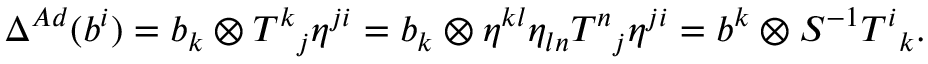
\Delta ^ { A d } ( b ^ { i } ) = b _ { k } \otimes T ^ { k } { } _ { j } \eta ^ { j i } = b _ { k } \otimes \eta ^ { k l } \eta _ { l n } T ^ { n } { } _ { j } \eta ^ { j i } = b ^ { k } \otimes S ^ { - 1 } T ^ { i } { } _ { k } .